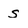
Character: s